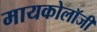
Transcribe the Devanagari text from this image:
मायकोलॉजी